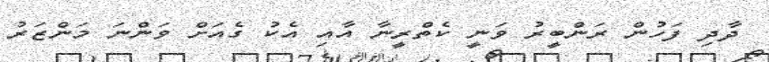
ދާދި ފަހުން ރަންބީރު ވަނީ ކެތްރީނާ އާއި އެކު ގެއަށް ވަންނަ މަންޒަރު